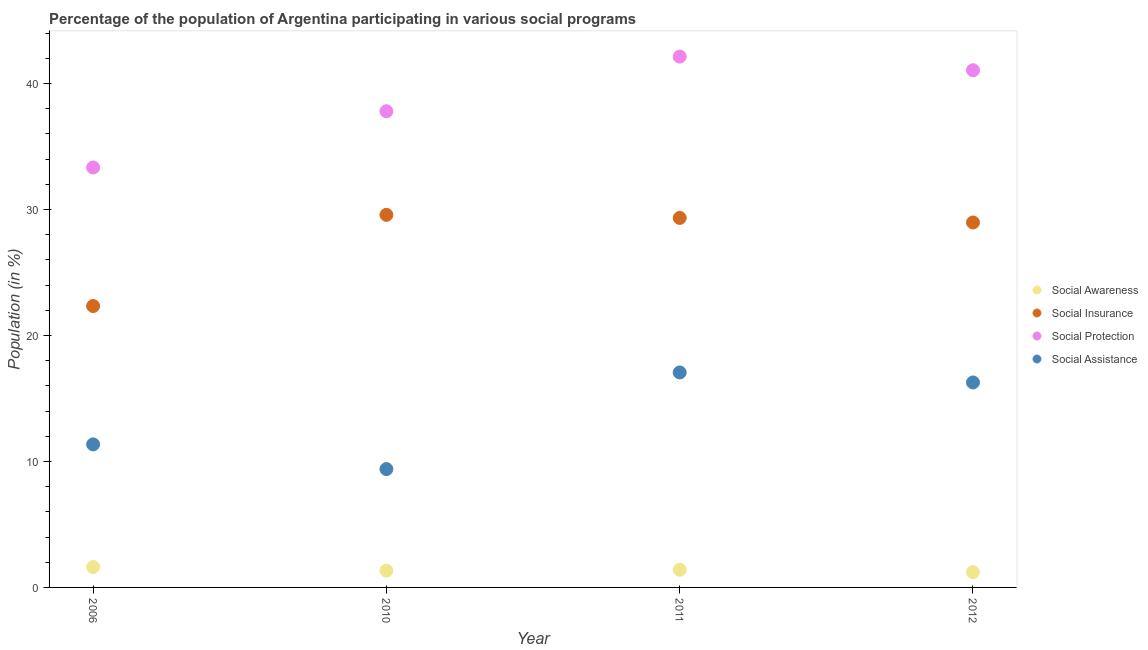
| Year | Social Awareness | Social Insurance | Social Protection | Social Assistance |
 | --- | --- | --- | --- | --- |
 | 2006 | 1.62 | 22.3 | 33.3 | 11.4 |
 | 2010 | 1.33 | 29.6 | 37.8 | 9.39 |
 | 2011 | 1.4 | 29.3 | 42.1 | 17.1 |
 | 2012 | 1.21 | 29 | 41.1 | 16.3 |